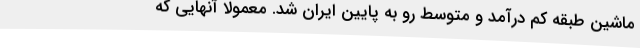
ماشین طبقه کم درآمد و متوسط رو به پایین ایران شد. معمولا آنهایی که